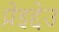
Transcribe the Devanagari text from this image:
प्रेइद्देउ